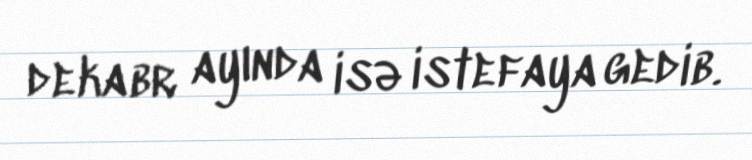
dekabr ayında isə istefaya gedib.